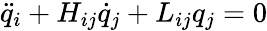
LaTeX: \ddot{q}_{i}+H_{ij}\dot{q}_{j}+L_{ij}q_{j}=0